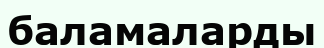
баламаларды